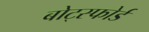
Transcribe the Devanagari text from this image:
बोट्स्फोर्ड